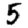
Digit: 5